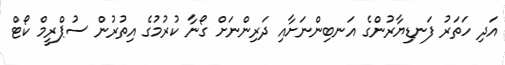
އަދި ހަތަރު ފަނޑިޔާރުންގެ އަނބިންނަށާއި ދަރިންނަށް ގޯނާ ކުރުމުގެ އިތުރުން ސުޕްރީމް ކޯޓް